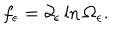
f _ { \epsilon } = \partial _ { \epsilon } \ln \Omega _ { \epsilon } .